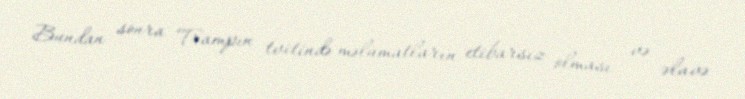
Bundan sonra Trampın tvitində məlumatların etibarsız olması və əlavə